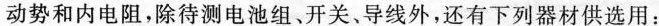
动势和内电阻，除待测电池组、开关、导线外，还有下列器材供选用：